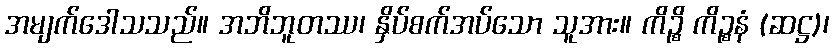
အမျက်ဒေါသသည်။ အဘိဘူတဿ၊ နှိပ်စက်အပ်သော သူအား။ ကိဉ္စိ ကိဉ္စနံ (ဆဋ္ဌ)၊